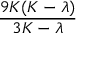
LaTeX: \frac { 9 K ( K - \lambda ) } { 3 K - \lambda }